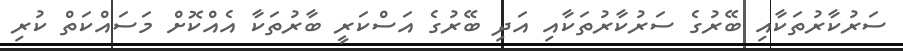
ސަރުކާރުތަކާއި ބޭރުގެ ސަރުކާރުތަކާއި އަދި ބޭރުގެ އަސްކަރީ ބާރުތަކާ އެއްކޮށް މަސައްކަތް ކުރި